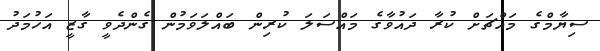
ސިޔާމްގެ މައްޗަށް ކުރާ ދައުވާގެ މައްސަލަ ކުރިން ބައްލަވަމުން ގެންދެވީ ގާޒީ އަހުމަދު